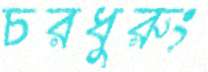
চরধুরুং